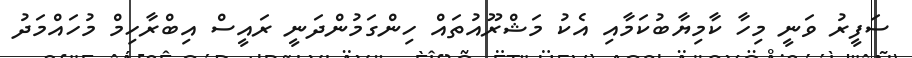
ސަފީރު ވަނީ މިހާ ކާމިޔާބުކަމާއި އެކު މަޝްރޫއުތައް ހިންގަމުންދަނީ ރައީސް އިބްރާހިމް މުހައްމަދު